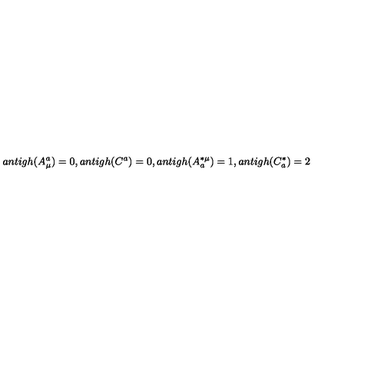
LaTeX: a n t i g h ( A _ { \mu } ^ { a } ) = 0 , a n t i g h ( C ^ { a } ) = 0 , a n t i g h ( A _ { a } ^ { * \mu } ) = 1 , a n t i g h ( C _ { a } ^ { * } ) = 2